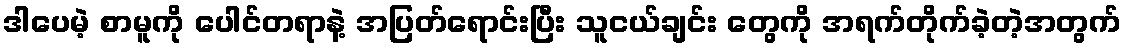
ဒါပေမဲ့ စာမူကို ပေါင်တရာနဲ့ အပြတ်ရောင်းပြီး သူငယ်ချင်း တွေကို အရက်တိုက်ခဲ့တဲ့အတွက်